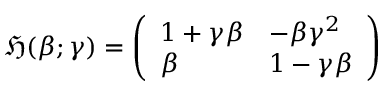
{ \mathfrak { H } } ( \beta ; \gamma ) = { \left( \begin{array} { l l } { 1 + \gamma \beta } & { - \beta \gamma ^ { 2 } } \\ { \beta } & { 1 - \gamma \beta } \end{array} \right) }